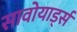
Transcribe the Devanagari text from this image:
सावोयार्ड्स